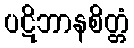
ပဋိဘာနစိတ္တံ